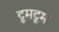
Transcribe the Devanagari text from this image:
टूमटूम